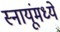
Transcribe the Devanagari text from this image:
स्नायूंमध्ये